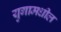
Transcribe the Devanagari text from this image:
युगामधील